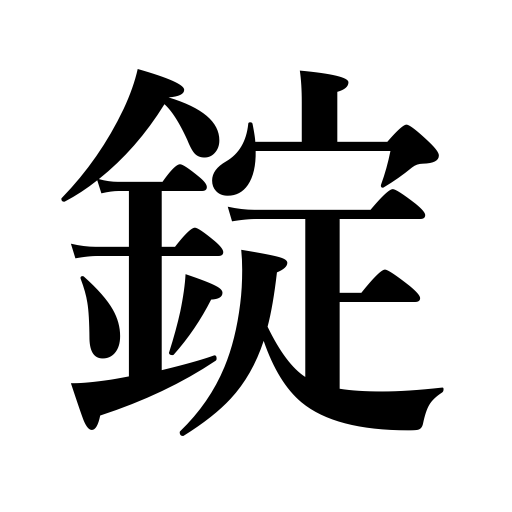
Meanings: latch,pill,padlock,close up,counter for pills,lock